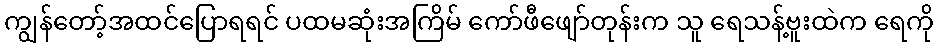
ကျွန်တော့်အထင်ပြောရရင် ပထမဆုံးအကြိမ် ကော်ဖီဖျော်တုန်းက သူ ရေသန့်ဗူးထဲက ရေကို